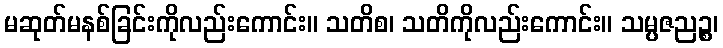
မဆုတ်မနစ်ခြင်းကိုလည်းကောင်း။ သတိစ၊ သတိကိုလည်းကောင်း။ သမ္ပဇညဉ္စ၊